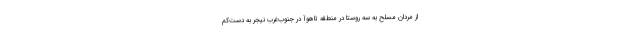
از مردان مسلح به سه روستا در منطقه تاهوآ در جنوب‌غرب نیجر به دست‌کم